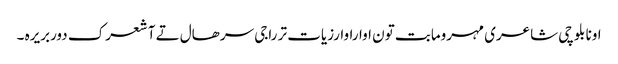
اونا بلوچی شاعری مہرومابت تون اواراوارزیات تر راجی سرھال تے آ شعرک دوربریرہ ۔